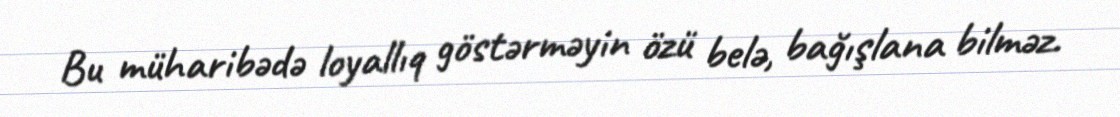
Bu müharibədə loyallıq göstərməyin özü belə, bağışlana bilməz.